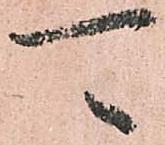
可